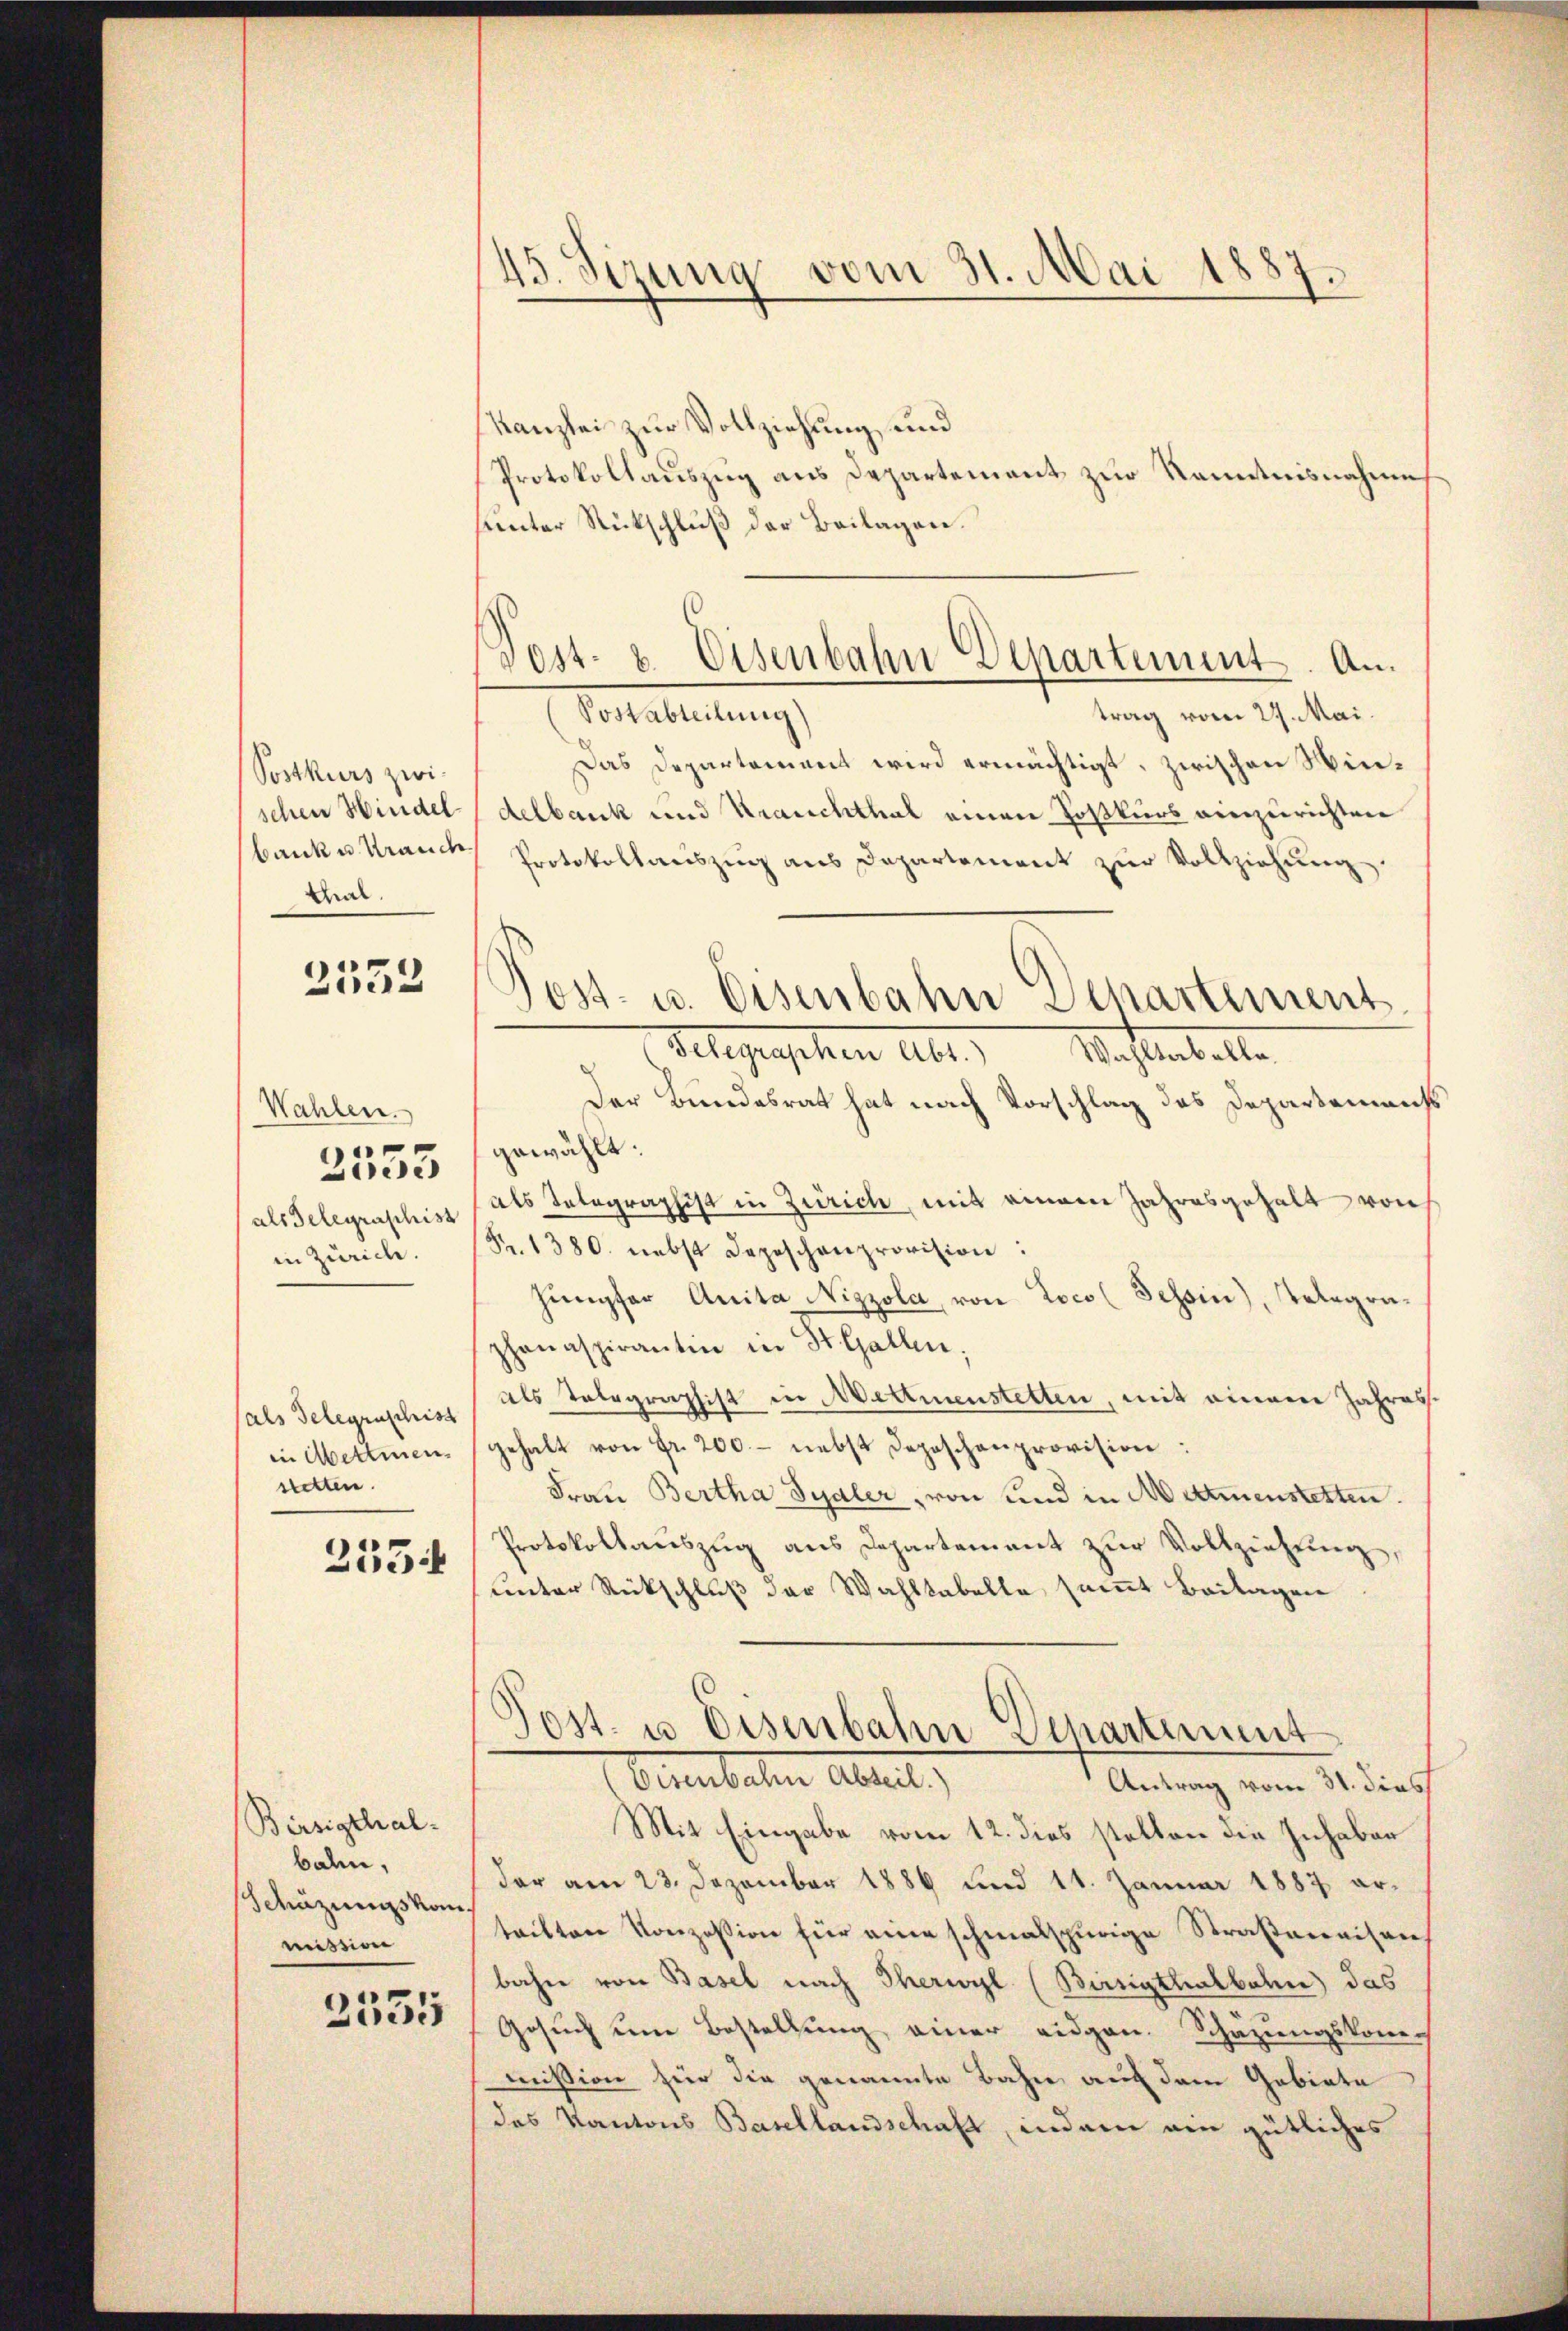
Postkurs zwischen Hindelbank u. Krauch
thal.

2552

Wahlen.
als Gelegraphist
in Zürich.

3553

sals Telegraschist
in Mettmen
stetten.

2554

Bersigthal-
balen,
Schüznuns kom
mission

3555

45. Sizung vom 31. Mai 1887.

Kanzlei zur Vollziehung, und
Protokollauszug aus Departement zur Kenntnisnahme
sunter Rückschluß der Beilagen.
trag vom 29. Mai.
Postabteilung)
Das Departement wird ermächtigt, zwischen Windelbank und Krauchthal einen Zoßkurs einzurichten
Protokollaŭszŭg ans Departement zŭr Vollziehŭng
Der Bundesrat hat nach Vorschlag des Departements
gewählt:
als Telegraphist in Zürich, mit einem Jahresgehalt von
Fr. 1380. nebst Depeschenprovision:
hümpfer Anita Nizzola, von Loco (Tessin, Telegraphanaspirantin in St. Gallen;
als Telegraphist in Mettmenstetten, mit einem Jahresgehalt von Fr. 200. – nebst Depeschenprovision
Frau Bertha Syaler von und in Mettmenstetten.
Protokollauszug aus Departement zur Vollziehung,
unter Rückschluß der Wahltabelle samt Beilagen
Post- u Eisenbahn Departement
Bemmbachen Abteil,
Antrag vom 31. dies
Mit Eingabe vom 12. dies stellen die Inhaber
der am 23. Dezember 1886 und 11. Januar 1887 artritten Konzession für eine schmalspurige Straßenaisen
bahn von Basel nach Therwyl (Burgthalbahn das
Gesuch um Bestellung einer eidgen. Schazungskomi
mission für die genannte Bahn auf dem Gebiete
des Kantons Basellandschaft, indem am gütliches

Jost- u. Eisenbahn Departement
Gelegraphen Abt. Wahltabella.

Jost- & Eisenbahn Departement. An¬